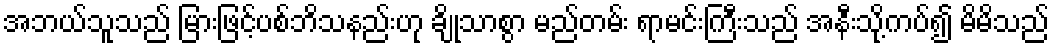
အဘယ်သူသည် မြားဖြင့်ပစ်ဘိသနည်းဟု ချိုသာစွာ မည်တမ်း ရာမင်းကြီးသည် အနီးသို့ကပ်၍ မိမိသည်